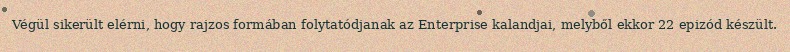
Végül sikerült elérni, hogy rajzos formában folytatódjanak az Enterprise kalandjai, melyből ekkor 22 epizód készült.